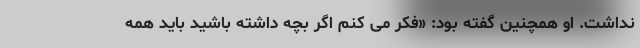
نداشت. او همچنین گفته بود: «فکر می کنم اگر بچه داشته باشید باید همه